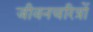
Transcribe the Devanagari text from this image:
जीवनचरित्रों